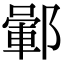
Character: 𨞎